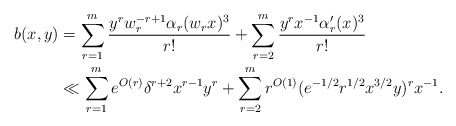
\begin{align*} b(x, y) &= \sum_{r=1}^m \frac{y^r w_r^{-r+1} \alpha_r(w_r x)^3}{r!} + \sum_{r=2}^m \frac{y^r x^{-1} \alpha_r'(x)^3}{r!} \\ &\ll \sum_{r=1}^m e^{O(r)} \delta^{r+2} x^{r-1} y^r + \sum_{r=2}^m r^{O(1)} (e^{-1/2} r^{1/2}x^{3/2} y)^r x^{-1} . \end{align*}